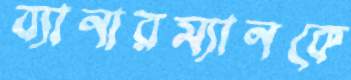
ব্যানারম্যানকে